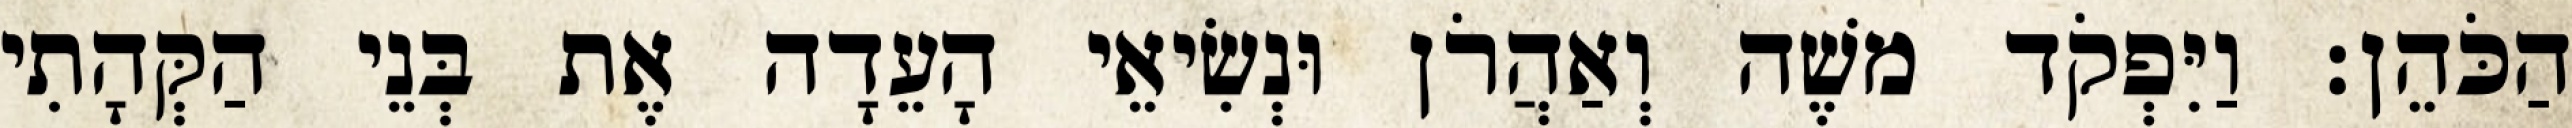
הַכֹּהֵן׃ וַיִּפְקֹד משֶׁה וְאַהֲרֹן וּנְשִׂיאֵי הָעֵדָה אֶת בְּנֵי הַקְּהָתִי